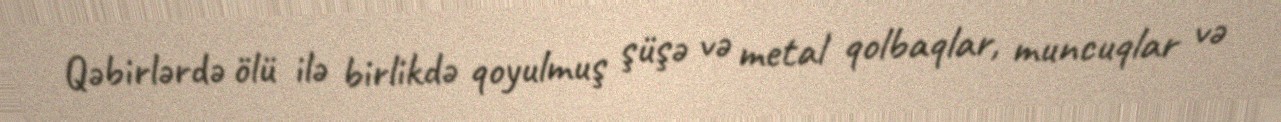
Qəbirlərdə ölü ilə birlikdə qoyulmuş şüşə və metal qolbaqlar, muncuqlar və